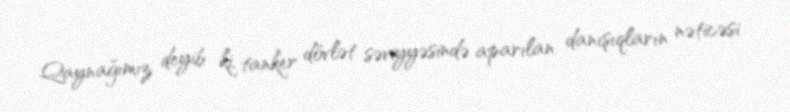
Qaynağımız deyib ki, tanker dövlət səviyyəsində aparılan danışıqların nəticəsi